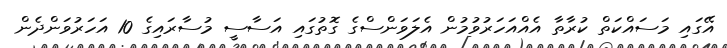
އޭގައި މަސައްކަތް ކުރާތާ އެއްއަހަރުވުމުން އެލަވަންސްގެ ގޮތުގައި އަސާސީ މުސާރައިގެ 10 އަހަރުވަންދެން